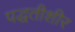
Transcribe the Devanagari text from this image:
पद्धतीशीर